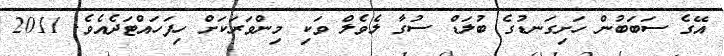
އޭގެ ސަބަބުން ހަށިގަނޑުގެ ބުލަޑް ސުގާ ލެވެލް ވަކި މިންވަރަކަށް ހިފަހައްޓަދެއެވެ. 2011